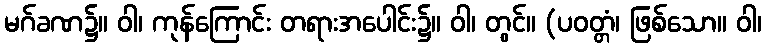
မဂ်ခဏ၌။ ဝါ၊ ကုန်ကြောင်း တရားအပေါင်း၌။ ဝါ၊ တွင်။ (ပဝတ္တံ၊ ဖြစ်သော။ ဝါ၊